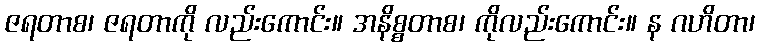
ဇရတာစ၊ ဇရတာကို လည်းကောင်း။ အနိစ္စတာစ၊ ကိုလည်းကောင်း။ န ဂဟိတာ၊